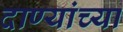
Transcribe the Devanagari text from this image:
दाण्यांच्या